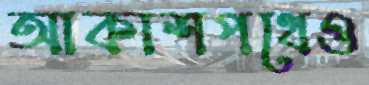
আকাশপথেও